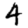
Digit: 4